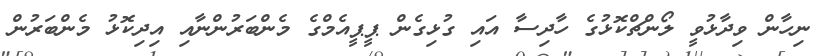
ނިހާން ވިދާޅުވީ ލޯންޗްކޮޅުގެ ހާދިސާ އައި ގުޅިގެން ޕީޕީއެމްގެ މެންބަރުންނާއި އިދިކޮޅު މެންބަރުން